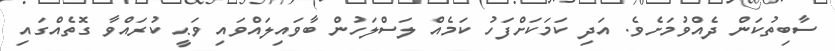
ސާބިތުކަން ދެއްވުމަށެވެ. އަދި ކަމަކަށްފަހު ކަމެއް ލަސްލަހުން ބާވައިލައްވައި ވަޙީ ކުރައްވާ ގޮތެއްގައި